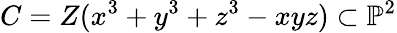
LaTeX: C=Z(x^{3}+y^{3}+z^{3}-xyz)\subset\mathbb{P}^{2}